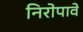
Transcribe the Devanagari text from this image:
निरोपावे